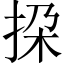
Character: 挅